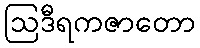
ဩဒီရကဇာတော